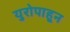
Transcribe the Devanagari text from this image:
युरोपाहून